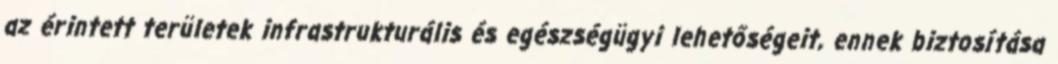
az érintett területek infrastrukturális és egészségügyi lehetőségeit, ennek biztosítása